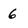
Character: 6